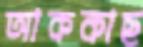
আককাছ